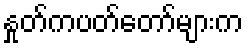
နှုတ်ကပတ်တော်များက